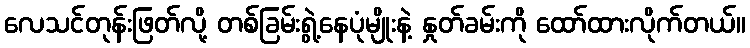
လေသင်တုန်းဖြတ်လို့ တစ်ခြမ်းရွဲ့နေပုံမျိုးနဲ့ နှုတ်ခမ်းကို ထော်ထားလိုက်တယ်။